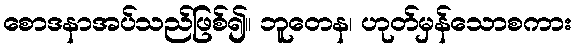
စောဒနာအပ်သည်ဖြစ်၍။ ဘူတေန၊ ဟုတ်မှန်သောစကား